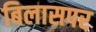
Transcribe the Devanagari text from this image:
बिलासपर